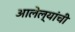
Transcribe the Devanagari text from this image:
आलेल्यांची